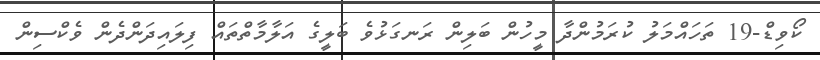
ކޯވިޑް-19 ތަހައްމަލު ކުރަމުންދާ މީހުން ބަލިން ރަނގަޅުވެ ބަލީގެ އަލާމާތްތައް ފިލައިދަންދެން ވެކްސިން